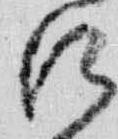
江